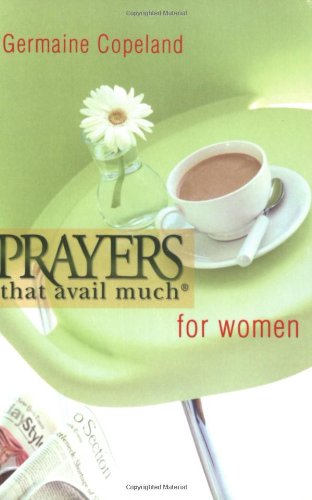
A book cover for Prayers That Avail Much for Women; Germaine Copeland; Christian Books & Bibles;